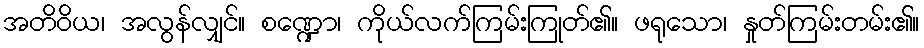
အတိဝိယ၊ အလွန်လျှင်။ စဏ္ဍော၊ ကိုယ်လက်ကြမ်းကြုတ်၏။ ဖရုသော၊ နှုတ်ကြမ်းတမ်း၏။